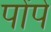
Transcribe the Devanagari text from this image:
पोंपे